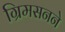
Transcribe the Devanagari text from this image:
ग्रिमसनने